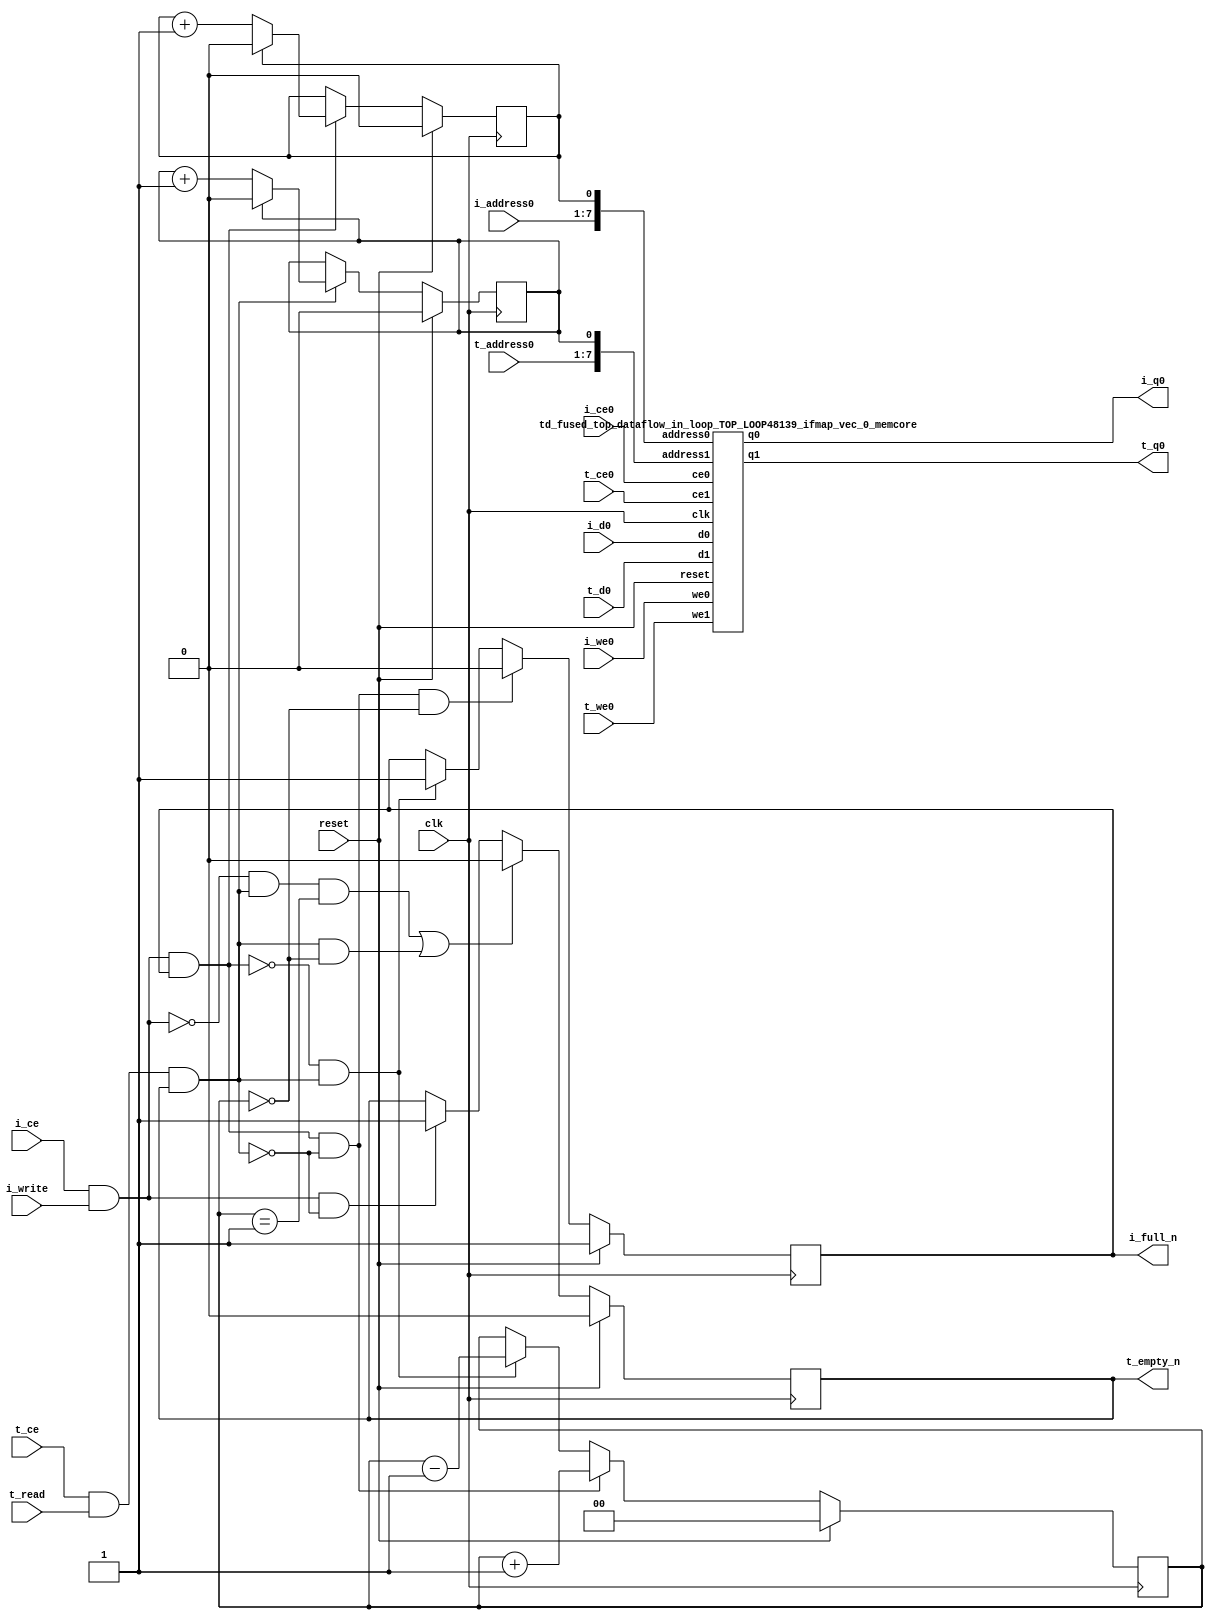
`define EXPONENT 5
`define MANTISSA 10
`define ACTUAL_MANTISSA 11
`define EXPONENT_LSB 10
`define EXPONENT_MSB 14
`define MANTISSA_LSB 0
`define MANTISSA_MSB 9
`define MANTISSA_MUL_SPLIT_LSB 3
`define MANTISSA_MUL_SPLIT_MSB 9
`define SIGN 1
`define SIGN_LOC 15
`define DWIDTH (`SIGN+`EXPONENT+`MANTISSA)
`define IEEE_COMPLIANCE 1

module td_fused_top_dataflow_in_loop_TOP_LOOP48139_ifmap_vec_0
#(parameter
    DataWidth    = 16,
    AddressRange = 32,
    AddressWidth = 7,
    BufferCount  = 2,
    IndexWidth   = 1
) (
    // system signals
    input  wire                    clk,
    input  wire                    reset,
    // initiator
    input  wire                    i_ce,
    input  wire                    i_write,
    output wire                    i_full_n,
    input  wire                    i_ce0,
    input  wire                    i_we0,
    input  wire [AddressWidth-1:0] i_address0,
    input  wire [DataWidth-1:0]    i_d0,
    output wire [DataWidth-1:0]    i_q0,
    // target
    input  wire                    t_ce,
    input  wire                    t_read,
    output wire                    t_empty_n,
    input  wire                    t_ce0,
    input  wire                    t_we0,
    input  wire [AddressWidth-1:0] t_address0,
    input  wire [DataWidth-1:0]    t_d0,
    output wire [DataWidth-1:0]    t_q0
);
//------------------------Local signal-------------------
// control/status
reg  [IndexWidth-1:0]   iptr    = 1'b0; // initiator index
reg  [IndexWidth-1:0]   tptr    = 1'b0; // target index
reg  [IndexWidth:0]     count   = 1'b0; // count of written buffers
reg                     full_n  = 1'b1; // whether all buffers are written
reg                     empty_n = 1'b0; // whether none of the buffers is written
wire                    push_buf;       // finish writing a buffer
wire                    write_buf;      // write a buffer
wire                    pop_buf;        // finish reading a buffer
wire [AddressWidth+IndexWidth-1:0]   memcore_iaddr;
wire [AddressWidth+IndexWidth-1:0]   memcore_taddr;

//------------------------Instantiation------------------
assign memcore_iaddr = {i_address0, iptr};
assign memcore_taddr = {t_address0, tptr};
td_fused_top_dataflow_in_loop_TOP_LOOP48139_ifmap_vec_0_memcore td_fused_top_dataflow_in_loop_TOP_LOOP48139_ifmap_vec_0_memcore_U (
    .reset    ( reset ),
    .clk      ( clk ),
    .address0 ( memcore_iaddr ),
    .ce0      ( i_ce0 ),
    .we0      ( i_we0),
    .d0       ( i_d0 ),
    .q0       ( i_q0 ),
    .address1 ( memcore_taddr ),
    .ce1      ( t_ce0 ),
    .we1      ( t_we0),
    .d1       ( t_d0 ),
    .q1       ( t_q0 )

);

//------------------------Body---------------------------

//++++++++++++++++++++++++output+++++++++++++++++++++++++
assign i_full_n  = full_n;
assign t_empty_n = empty_n;
//+++++++++++++++++++++++++++++++++++++++++++++++++++++++

//++++++++++++++++++++++++control/status+++++++++++++++++
assign push_buf = i_ce & i_write & full_n;
assign write_buf = i_ce & i_write;
assign pop_buf  = t_ce & t_read & empty_n;

// iptr
always @(posedge clk) begin
    if (reset == 1'b1)
        iptr <= 1'b0;
    else if (push_buf) begin
        if (iptr == BufferCount - 1'b1)
            iptr <= 1'b0;
        else
            iptr <= iptr + 1'b1;
    end
end

// tptr
always @(posedge clk) begin
    if (reset == 1'b1)
        tptr <= 1'b0;
    else if (pop_buf) begin
        if (tptr == BufferCount - 1'b1)
            tptr <= 1'b0;
        else
            tptr <= tptr + 1'b1;
    end
end

// count
always @(posedge clk) begin
    if (reset == 1'b1)
        count <= 1'b0;
    else if (push_buf && !pop_buf)
        count <= count + 1'b1;
    else if (!push_buf && pop_buf)
        count <= count - 1'b1;
end

// full_n
always @(posedge clk) begin
    if (reset == 1'b1)
        full_n <= 1'b1;
    else if (push_buf && !pop_buf && count == BufferCount - 2'd2)
        full_n <= 1'b0;
    else if (!push_buf && pop_buf)
        full_n <= 1'b1;
end

// empty_n
always @(posedge clk) begin
    if (reset == 1'b1)
        empty_n <= 1'b0;
    else if ((!write_buf && pop_buf && count == 1'b1)
             || (pop_buf && count == 1'b0))
        empty_n <= 1'b0;
    else if (write_buf && !pop_buf)
        empty_n <= 1'b1;
end
//+++++++++++++++++++++++++++++++++++++++++++++++++++++++

endmodule
module td_fused_top_dataflow_in_loop_TOP_LOOP48139_ifmap_vec_0_memcore(
    reset,
    clk,
    address0,
    ce0,
    we0,
    d0,
    q0,
    address1,
    ce1,
    we1,
    d1,
    q1);

parameter DataWidth = 32'd16;
parameter AddressRange = 32'd144;
parameter AddressWidth = 32'd8;
input reset;
input clk;
input[AddressWidth - 1:0] address0;
input ce0;
input we0;
input[DataWidth - 1:0] d0;
output[DataWidth - 1:0] q0;
input[AddressWidth - 1:0] address1;
input ce1;
input we1;
input[DataWidth - 1:0] d1;
output[DataWidth - 1:0] q1;



td_fused_top_dataflow_in_loop_TOP_LOOP48139_ifmap_vec_0_memcore_ram td_fused_top_dataflow_in_loop_TOP_LOOP48139_ifmap_vec_0_memcore_ram_U(
    .clk( clk ),
    .addr0( address0 ),
    .ce0( ce0 ),
    .we0( we0 ),
    .d0( d0 ),
    .q0( q0 ),
    .addr1( address1 ),
    .ce1( ce1 ),
    .we1( we1 ),
    .d1( d1 ),
    .q1( q1 )
);

endmodule
module td_fused_top_dataflow_in_loop_TOP_LOOP48139_ifmap_vec_0_memcore_ram (addr0, ce0, d0, we0, q0, addr1, ce1, d1, we1, q1,  clk);

parameter DWIDTH = 16;
parameter AWIDTH = 8;
parameter MEM_SIZE = 144;

input[AWIDTH-1:0] addr0;
input ce0;
input[DWIDTH-1:0] d0;
input we0;
output reg[DWIDTH-1:0] q0;
input[AWIDTH-1:0] addr1;
input ce1;
input[DWIDTH-1:0] d1;
input we1;
output reg[DWIDTH-1:0] q1;
input clk;

reg [DWIDTH-1:0] ram[MEM_SIZE-1:0];




always @(posedge clk)  
begin 
    if (ce0) begin
        if (we0) 
            ram[addr0] <= d0; 
        q0 <= ram[addr0];
    end
end


always @(posedge clk)  
begin 
    if (ce1) begin
        if (we1) 
            ram[addr1] <= d1; 
        q1 <= ram[addr1];
    end
end


endmodule